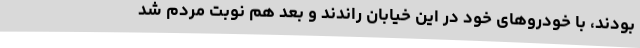
بودند، با خودروهای خود در این خیابان راندند و بعد هم نوبت مردم شد